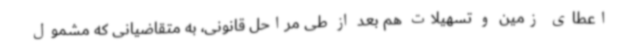
اعطای زمین و تسهیلات هم بعد از طی مراحل قانونی، به متقاضیانی که مشمول